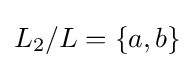
L_{2}/L=\{a,b\}